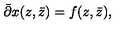
\bar { \partial } x ( z , \bar { z } ) = f ( z , \bar { z } ) ,